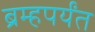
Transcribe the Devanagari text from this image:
ब्रम्हपर्यंत